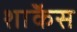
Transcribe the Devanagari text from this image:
शाॅकेस